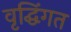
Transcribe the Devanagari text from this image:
वृद्घिंगत